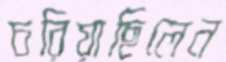
চরিয়াছিলেন